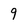
Character: 9